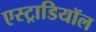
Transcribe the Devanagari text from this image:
एस्ट्राडियॉल